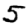
Digit: 5